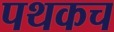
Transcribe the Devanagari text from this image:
पथकच